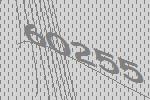
60255